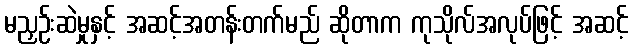
မညှဉ်းဆဲမှုနှင့် အဆင့်အတန်းတက်မည် ဆိုတာက ကုသိုလ်အလုပ်ဖြင့် အဆင့်